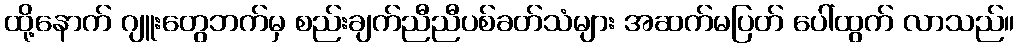
ထို့နောက် ဂျူးတွေဘက်မှ စည်းချက်ညီညီပစ်ခတ်သံများ အဆက်မပြတ် ပေါ်ထွက် လာသည်။